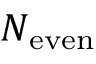
N _ { \mathrm { e v e n } }